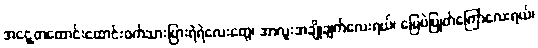
အငွေ့တထောင်းထောင်းဝက်သားပြားရဲရဲလေးတွေ၊ အာလူးအချိုချက်လေးရယ်၊ မြေပဲပြုတ်ကြော်လေးရယ်၊